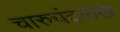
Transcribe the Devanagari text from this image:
चारुचंद्रलेख